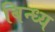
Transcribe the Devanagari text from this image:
बिन्ध्य